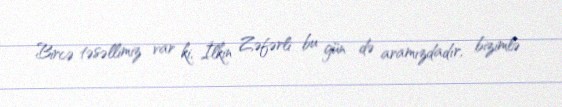
Bircə təsəllimiz var ki, İlkin Zəfərli bu gün də aramızdadır, bizimlə